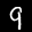
Label: 9